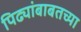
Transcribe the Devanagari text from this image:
पिढ्यांबाबतच्या